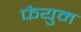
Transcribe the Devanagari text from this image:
फैयुम